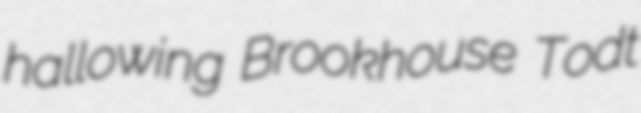
hallowing Brookhouse Todt